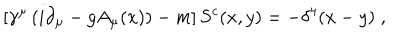
\left[ \gamma ^ { \mu } \left( i \partial _ { \mu } - g A _ { \mu } ( x ) \right) - m \right] S ^ { c } ( x , y ) = - \delta ^ { 4 } ( x - y ) \; , \;